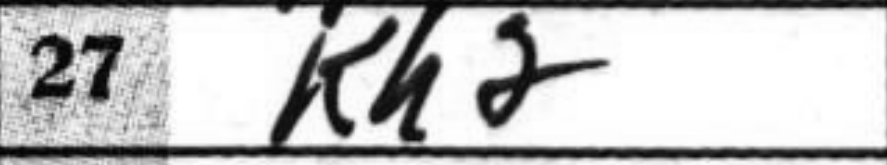
Transcription: Kh2